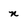
Character: n